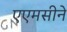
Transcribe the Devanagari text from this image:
एएमसीने